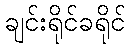
ချင်းရိုင်ခရိုင်